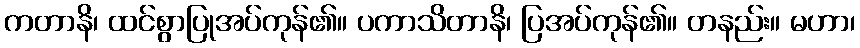
ကတာနိ၊ ထင်စွာပြုအပ်ကုန်၏။ ပကာသိတာနိ၊ ပြအပ်ကုန်၏။ တနည်း။ မဟာ၊